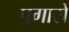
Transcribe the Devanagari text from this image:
पगारों